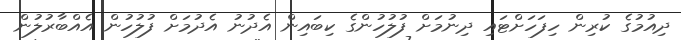
ދިއުމުގެ ކުރިން ހިފަހަށްޓައި ދިނުމަށް ފުލުހުންގެ ކިބައިން އެދުނު އެދުމަށް ފުލުހުން އެއްބާރުލުން